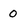
Character: 0